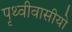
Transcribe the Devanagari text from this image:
पृथ्वीवासीयो